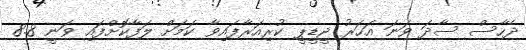
ދެހާސް ސާދަ ވަނަ އަހަރު ޖީޑީޕީ ކުރިއަރާފައިވާ ކަމަށް ލަފާކޮށްފައި ވަނީ 8.8